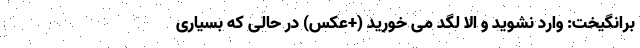
برانگیخت: وارد نشوید و الّا لگد می خورید (+عکس) در حالی که بسیاری